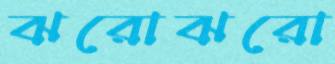
ঝরোঝরো